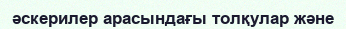
әскерилер арасындағы толқулар және